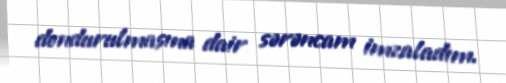
dondurulmasına dair sərəncam imzaladım.